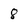
Character: 8